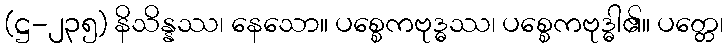
(ဋ္ဌ-၂၃၅) နိသိန္နဿ၊ နေသော။ ပစ္စေကဗုဒ္ဓဿ၊ ပစ္စေကဗုဒ္ဓါ၏။ ပတ္တေ၊